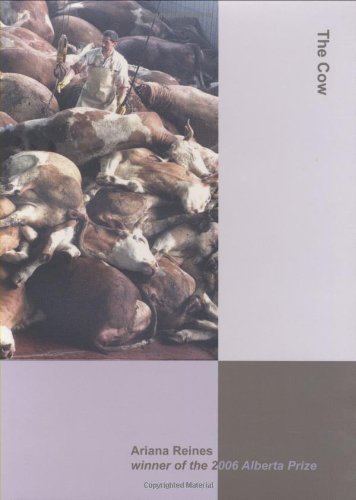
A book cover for The Cow; Ariana Reines; Literature & Fiction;